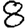
Digit: 8